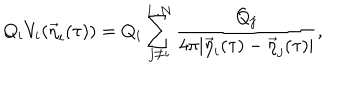
LaTeX: Q _ { i } V _ { i } ( { \vec { \eta } } _ { i } ( \tau ) ) = Q _ { i } \sum _ { j \not = i } ^ { 1 . . N } { \frac { { Q _ { j } } } { { 4 \pi | { \vec { \eta } } _ { i } ( \tau ) - { \vec { \eta } } _ { j } ( \tau ) | } } } ,